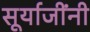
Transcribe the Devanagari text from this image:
सूर्याजींनी